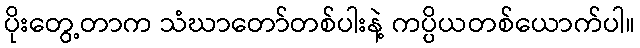
ပိုးတွေ့တာက သံဃာတော်တစ်ပါးနဲ့ ကပ္ပိယတစ်ယောက်ပါ။